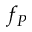
f _ { P }